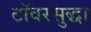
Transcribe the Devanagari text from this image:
टॉवरसुद्धा